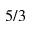
5 / 3